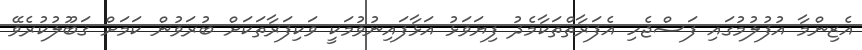
އެޒިންމާ އުފުލުމުގައި ފަސްޖެހި އެފަރާތްތަކާމެދު ފިޔަވަޅު އަޅާފައިނުވުމަކީ ވަކިފަރާތަކަށް ބުރަވުން ކަމަށް ޤަބޫލުކުރެވޭ